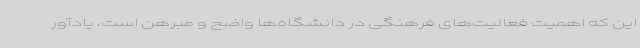
این که اهمیت فعالیت‌های فرهنگی در دانشگاه‌ها واضح و مبرهن است، یادآور